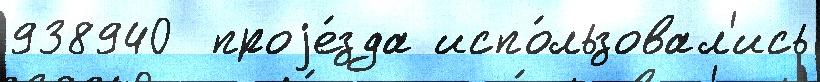
938940  проjе́зда испо́льзовал'ись